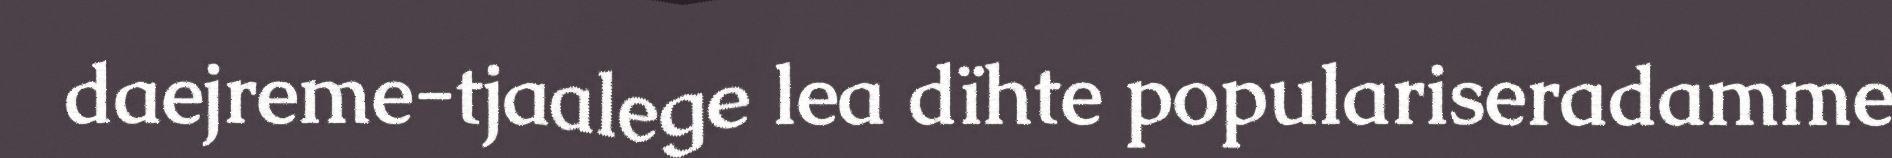
daejreme-tjaalege lea dïhte populariseradamme